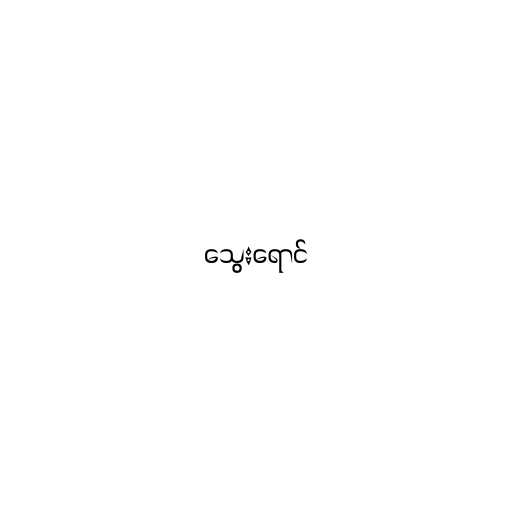
သွေးရောင်